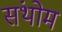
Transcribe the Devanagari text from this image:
संथोम